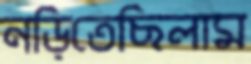
নড়িতেছিলাম